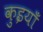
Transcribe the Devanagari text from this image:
कुइयाँ